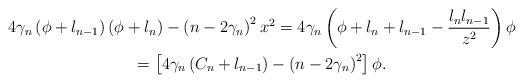
LaTeX: \begin{gather*}4\gamma_{n}\left( \phi+l_{n-1}\right) \left( \phi+l_{n}\right) -\left(n-2\gamma_{n}\right) ^{2}x^{2}=4\gamma_{n}\left( \phi+l_{n}+l_{n-1}-\frac{l_{n}l_{n-1}}{z^{2}}\right) \phi\\=\left[ 4\gamma_{n}\left( C_{n}+l_{n-1}\right) -\left( n-2\gamma_{n}\right) ^{2}\right] \phi.\end{gather*}